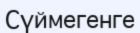
Сүймегенге